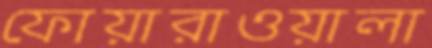
ফোয়ারাওয়ালা